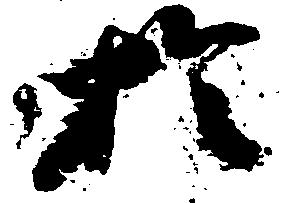
於